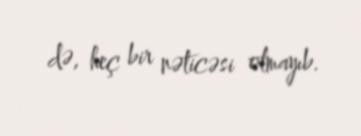
də, heç bir nəticəsi olmayıb.